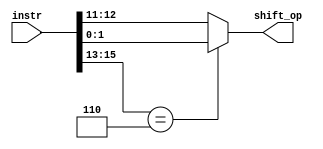
module alu_shifter_op(instr, shift_op);
	input [15:0] instr;
	output reg [1:0] shift_op;
	always@(*) begin 
		case(instr[15:13])
			 //I-format
			5'b101: begin //begin shifter
				shift_op=instr[12:11];
			end
			
			//R-format
			5'b110:begin//begin shifter, R-format 
				shift_op=instr[1:0];
			end

			default: begin 
				shift_op=instr[12:11];
			end
		endcase 
	
	
	end 
endmodule